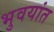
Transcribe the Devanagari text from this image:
भुवयांत